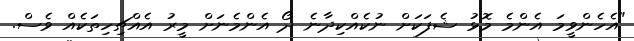
"އެހެންވީމަ އެންމެ މޮޅު ޝެފަކަށް ނުކެއްކިދާނެ ދޯ އެންމެނަށް މީރު އެއްޗިހިތަކެއް ވެސް.